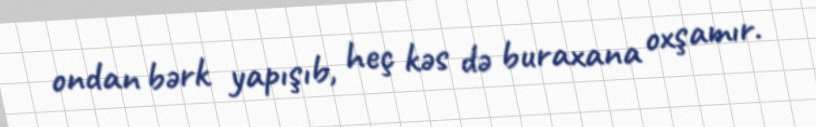
ondan bərk yapışıb, heç kəs də buraxana oxşamır.